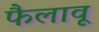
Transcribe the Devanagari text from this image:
फैलावू